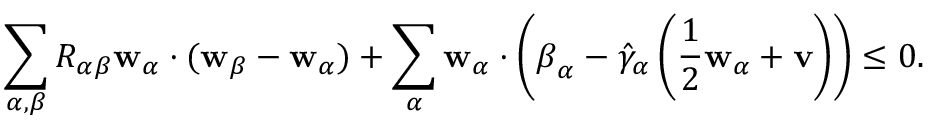
\begin{array} { r } { \displaystyle \sum _ { \alpha , { \beta } } R _ { \alpha { \beta } } \mathbf { w } _ { \alpha } \cdot ( \mathbf { w } _ { \beta } - \mathbf { w } _ { \alpha } ) + \displaystyle \sum _ { \alpha } \mathbf { w } _ { \alpha } \cdot \left( \boldsymbol { \beta } _ { \alpha } - \hat { \gamma } _ { \alpha } \left( \frac { 1 } { 2 } \mathbf { w } _ { \alpha } + \mathbf { v } \right) \right) \leq 0 . } \end{array}